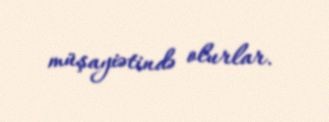
müşayiətində olurlar.